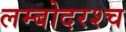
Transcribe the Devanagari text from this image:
लम्बोदरश्च